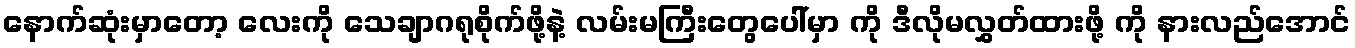
နောက်ဆုံးမှာတော့ လေးကို သေချာဂရုစိုက်ဖို့နဲ့ လမ်းမကြီးတွေပေါ်မှာ ကို ဒီလိုမလွှတ်ထားဖို့ ကို နားလည်အောင်